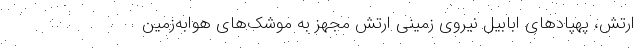
ارتش، پهپادهای ابابیل نیروی زمینی ارتش مجهز به موشک‌های هوابه‌زمین